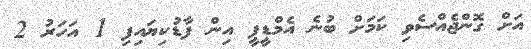
އަށް ގޮންޖެއްސެވި ކަމަށް ބުނެ އެމްޑީޕީ އިން ފާޑުކިޔައިފި 1 އަހަރު 2